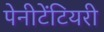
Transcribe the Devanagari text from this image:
पेनीटेंटियरी